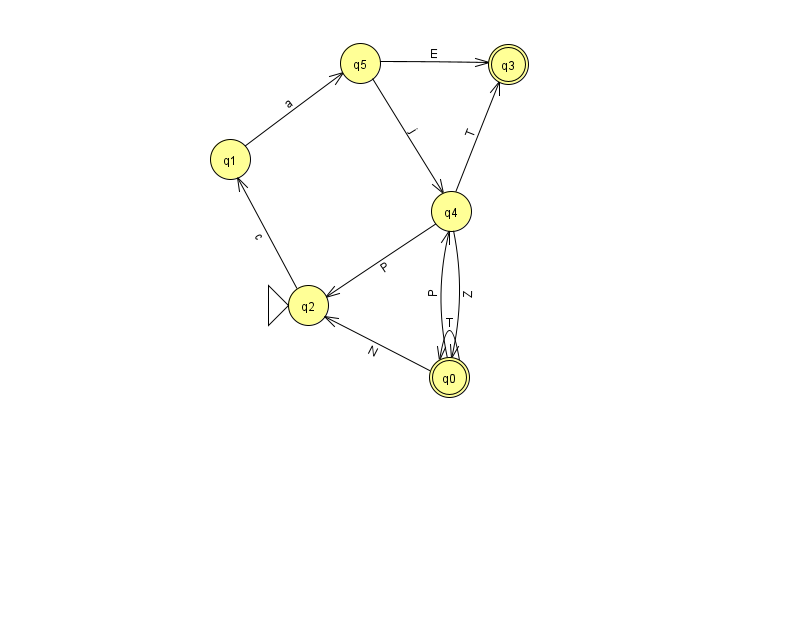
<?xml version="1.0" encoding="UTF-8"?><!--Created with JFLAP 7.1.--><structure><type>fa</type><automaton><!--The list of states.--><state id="0" name="q0"><x>449.0</x><y>364.0</y><final/></state><state id="1" name="q1"><x>230.0</x><y>146.0</y></state><state id="2" name="q2"><x>308.0</x><y>292.0</y><initial/></state><state id="3" name="q3"><x>508.0</x><y>51.0</y><final/></state><state id="4" name="q4"><x>451.0</x><y>198.0</y></state><state id="5" name="q5"><x>360.0</x><y>50.0</y></state><!--The list of transitions.--><transition><from>0</from><to>2</to><read>N</read></transition><transition><from>2</from><to>1</to><read>c</read></transition><transition><from>5</from><to>4</to><read>j</read></transition><transition><from>1</from><to>5</to><read>a</read></transition><transition><from>0</from><to>0</to><read>T</read></transition><transition><from>0</from><to>4</to><read>P</read></transition><transition><from>4</from><to>3</to><read>T</read></transition><transition><from>4</from><to>2</to><read>P</read></transition><transition><from>4</from><to>0</to><read>Z</read></transition><transition><from>5</from><to>3</to><read>E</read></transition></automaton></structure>